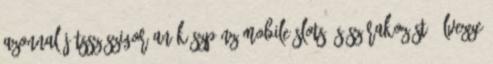
AZONNAL Játssz Szigorúan Készpénz Mobile Slots és szórakozást: Élvezze